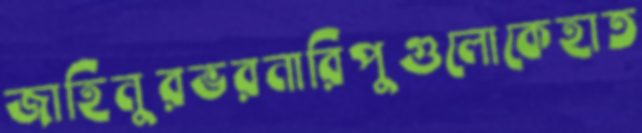
জাহিনুরভরনারিপুগুলোকেহাত